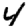
Digit: 4